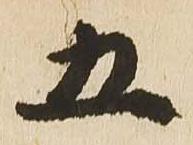
五